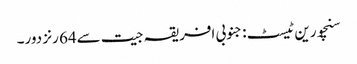
سنچورین ٹیسٹ: جنوبی افریقہ جیت سے64 رنز دور۔